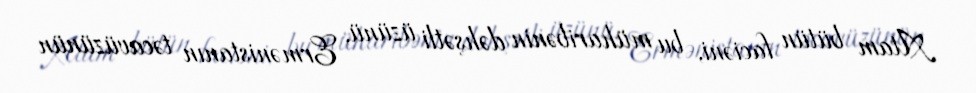
Atam bütün faciəni, bu müharibənin dəhşətli üzünü, Ermənistanın təcavüzünün